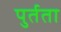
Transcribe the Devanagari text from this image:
पुर्तता